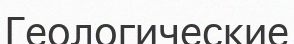
Геологические